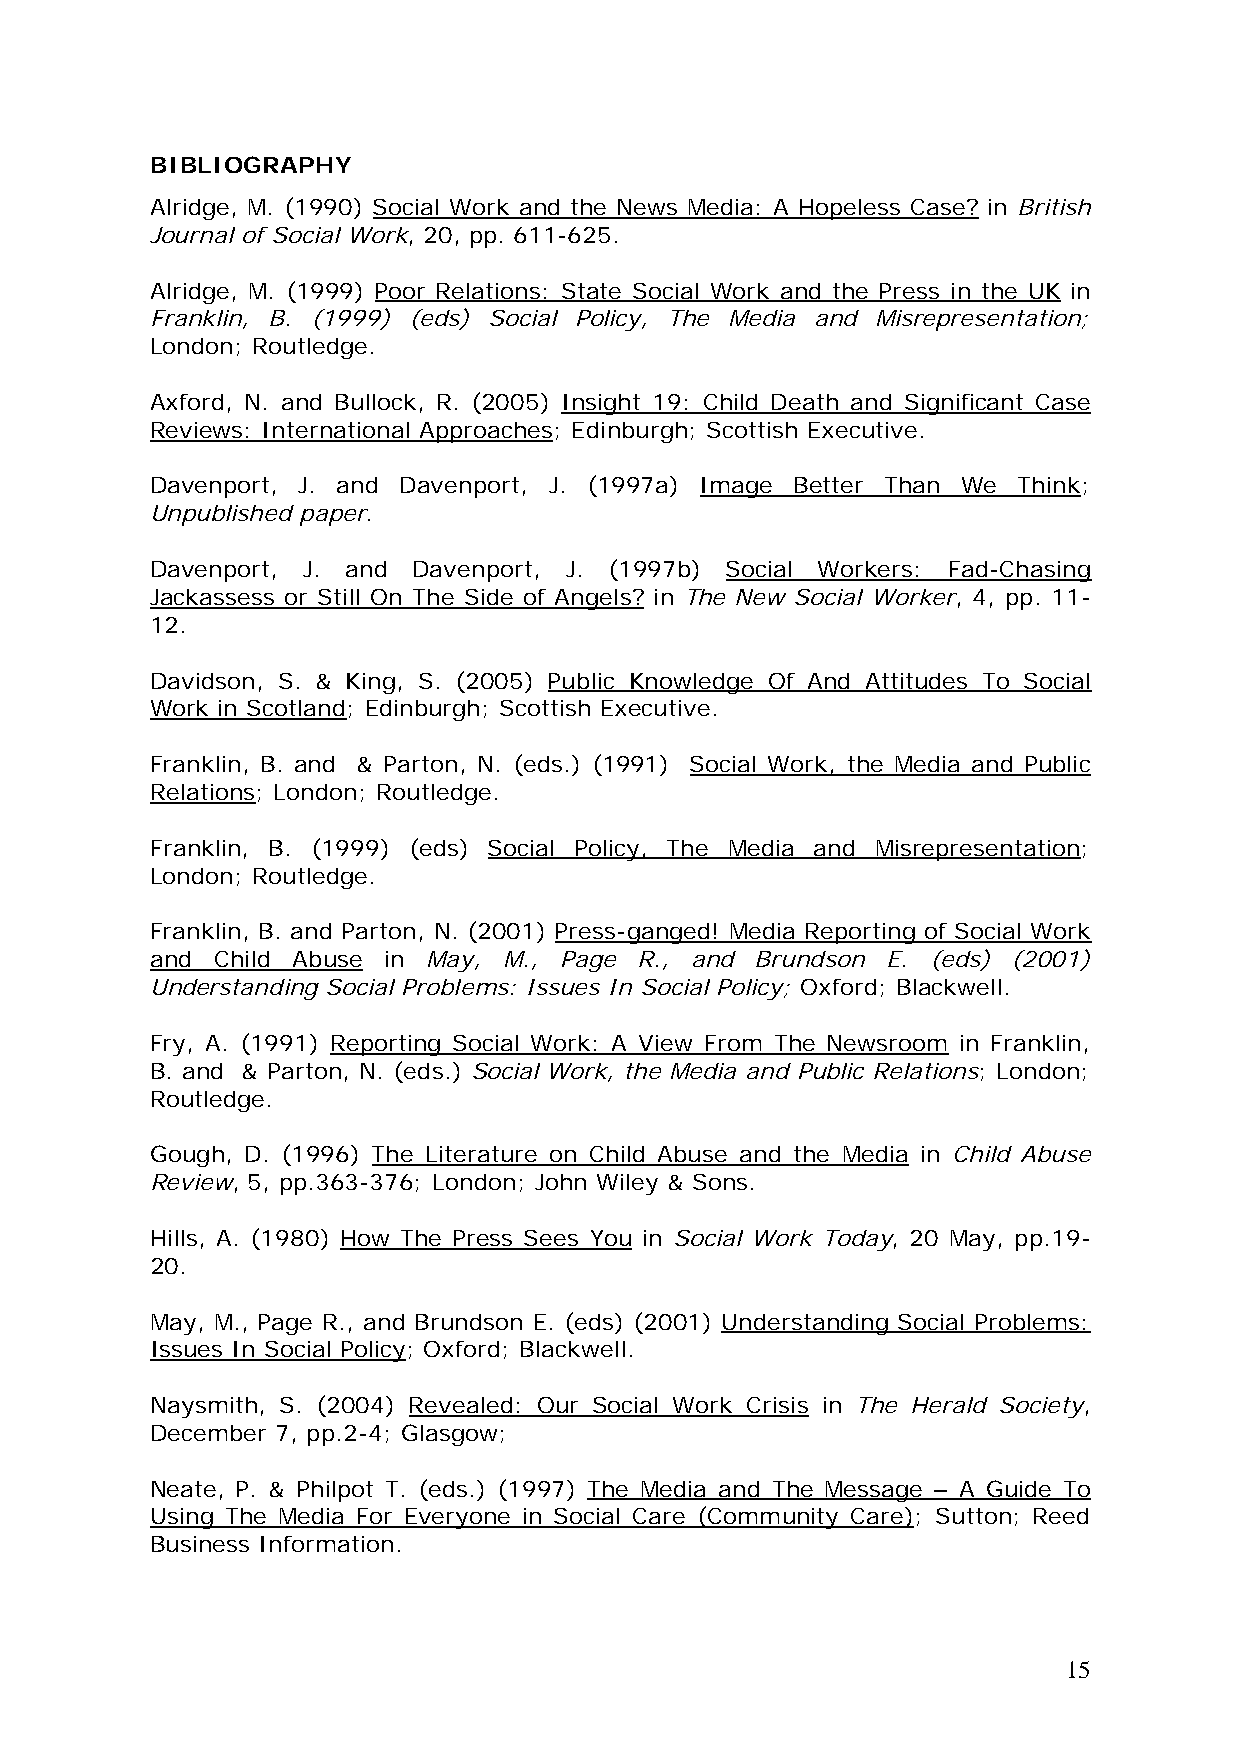
BIBLIOGRAPHY
 Alridge, M. (1990) Social Work and the News Media: A Hopeless Case? in British
 Journal of Social Work, 20, pp. 611-625.
 Alridge, M. (1999) Poor Relations: State Social Work and the Press in the UK in
 Franklin, B. (1999) (eds) Social Policy, The Media and Misrepresentation;
 London; Routledge.
 Axford, N. and Bullock, R. (2005) Insight 19: Child Death and Significant Case
 Reviews: International Approaches; Edinburgh; Scottish Executive.
 Davenport, J. and Davenport, J. (1997a) Image Better Than We Think;
 Unpublished paper.
 Davenport, J. and Davenport, J. (1997b) Social Workers: Fad-Chasing
 Jackassess or Still On The Side of Angels? in The New Social Worker, 4, pp. 11-
 12.
 Davidson, S. & King, S. (2005) Public Knowledge Of And Attitudes To Social
 Work in Scotland; Edinburgh; Scottish Executive.
 Franklin, B. and & Parton, N. (eds.) (1991) Social Work, the Media and Public
 Relations; London; Routledge.
 Franklin, B. (1999) (eds) Social Policy, The Media and Misrepresentation;
 London; Routledge.
 Franklin, B. and Parton, N. (2001) Press-ganged! Media Reporting of Social Work
 and Child Abuse in May, M., Page R., and Brundson E. (eds) (2001)
 Understanding Social Problems: Issues In Social Policy; Oxford; Blackwell.
 Fry, A. (1991) Reporting Social Work: A View From The Newsroom in Franklin,
 B. and & Parton, N. (eds.) Social Work, the Media and Public Relations; London;
 Routledge.
 Gough, D. (1996) The Literature on Child Abuse and the Media in Child Abuse
 Review, 5, pp.363-376; London; John Wiley & Sons.
 Hills, A. (1980) How The Press Sees You in Social Work Today, 20 May, pp.19-
 20.
 May, M., Page R., and Brundson E. (eds) (2001) Understanding Social Problems:
 Issues In Social Policy; Oxford; Blackwell.
 Naysmith, S. (2004) Revealed: Our Social Work Crisis in The Herald Society,
 December 7, pp.2-4; Glasgow;
 Neate, P. & Philpot T. (eds.) (1997) The Media and The Message – A Guide To
 Using The Media For Everyone in Social Care (Community Care); Sutton; Reed
 Business Information.
 15